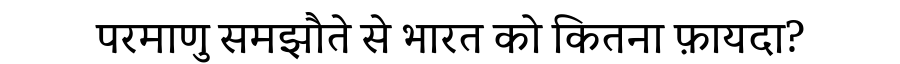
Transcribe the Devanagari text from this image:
परमाणु समझौते से भारत को कितना फ़ायदा?